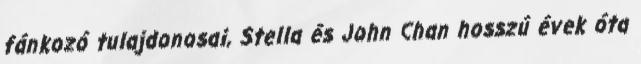
fánkozó tulajdonosai, Stella és John Chan hosszú évek óta